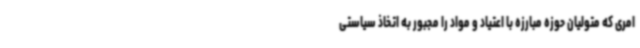
امری که متولیان حوزه مبارزه با اعتیاد و مواد را مجبور به اتخاذ سیاستی